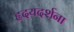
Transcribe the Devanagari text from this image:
हृदयदर्शना